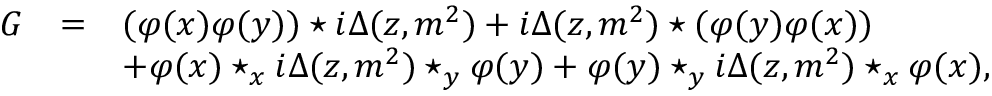
\begin{array} { r c l } { { G } } & { { = } } & { { ( \varphi ( x ) \varphi ( y ) ) \star i \Delta ( z , m ^ { 2 } ) + i \Delta ( z , m ^ { 2 } ) \star ( \varphi ( y ) \varphi ( x ) ) } } \\ { { } } & { { } } & { { + \varphi ( x ) \star _ { x } i \Delta ( z , m ^ { 2 } ) \star _ { y } \varphi ( y ) + \varphi ( y ) \star _ { y } i \Delta ( z , m ^ { 2 } ) \star _ { x } \varphi ( x ) , } } \end{array}